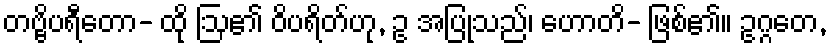
တဗ္ဗိပရီတော- ထို ဩ၏ ဝိပရိတ်ဟု, ဥ အပြုသည်၊ ဟောတိ- ဖြစ်၏။ ဥဂ္ဂတေ,